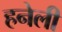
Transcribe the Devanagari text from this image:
हनेली